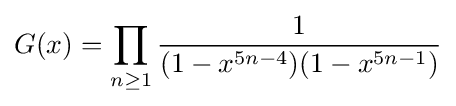
G(x)=\prod _{n\geq 1}{\frac {1}{(1-x^{5n-4})(1-x^{5n-1})}}